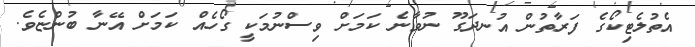
އެތުލެޓިކޯގެ ފަރާތުން އުނދަގޫ ނުވާނެ ކަމަށް ވިސްނުމަކީ ގޯހެއް ކަމަށް އޭނާ ބުންޏެވެ.